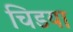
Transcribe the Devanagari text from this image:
चिडया